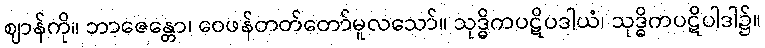
ဈာန်ကို။ ဘာဇေန္တော၊ ဝေဖန်တတ်တော်မူလသော်။ သုဒ္ဓိကပဋိပဒါယံ၊ သုဒ္ဓိကပဋိပါဒါ၌။